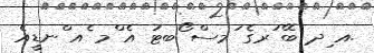
.އ ިދ ބޭ ުރގެ ަމސް ޯބޓު އެ ްމ ެއ ްނޑީއެ